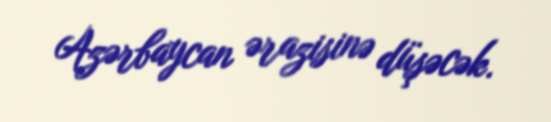
Azərbaycan ərazisinə düşəcək.